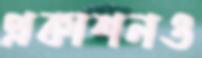
প্রকাশনও